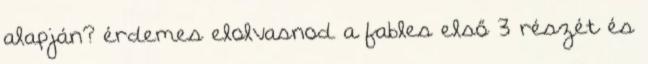
alapján? érdemes elolvasnod a fables első 3 részét és